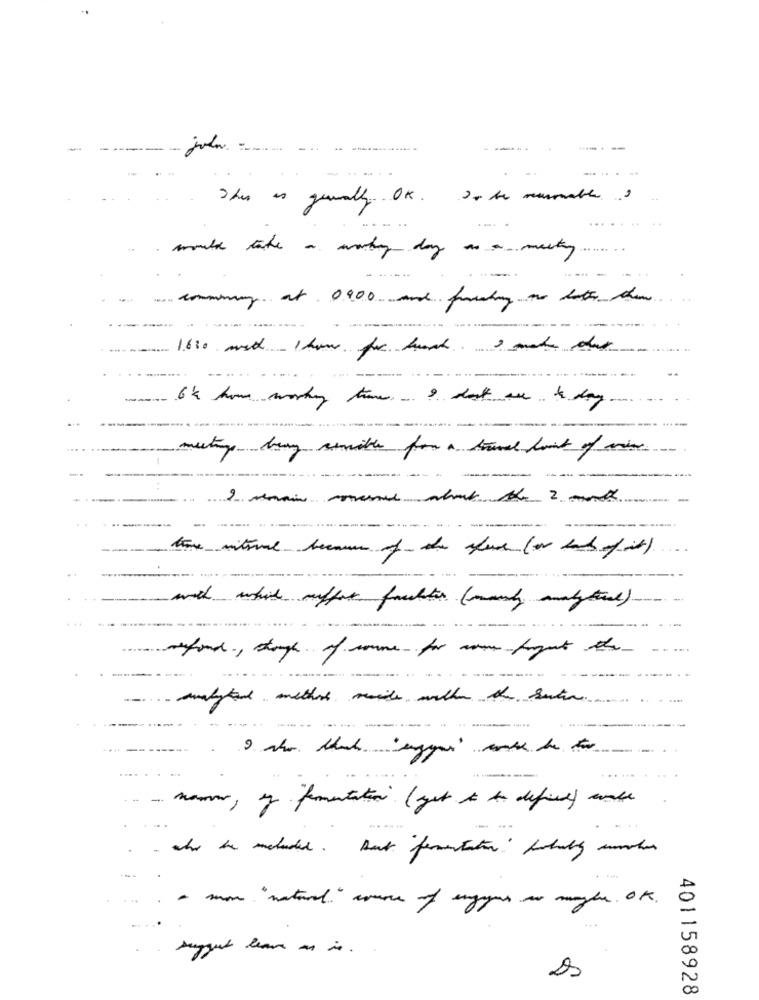
-------
-----
---
-
..... .
This is generally OK. In the numathe.
......
" would take a worky day as a meety ......
commening at 0900 and foundy no later than
6k home worky theme. I don't are to day
-
meetings buy asmile for a bruna point of view
-..
.----
------
those mitsval because of the space (or land of it)
...
refund, though of comme for cone fight the
analytand method mails with the suite.
.- - name ,
-
.
-
whe the meluded. But fermentation forbuty surcher
a mon " natural" source of egyes ar maghe . OK .
suggest have an is ..
s
401158928